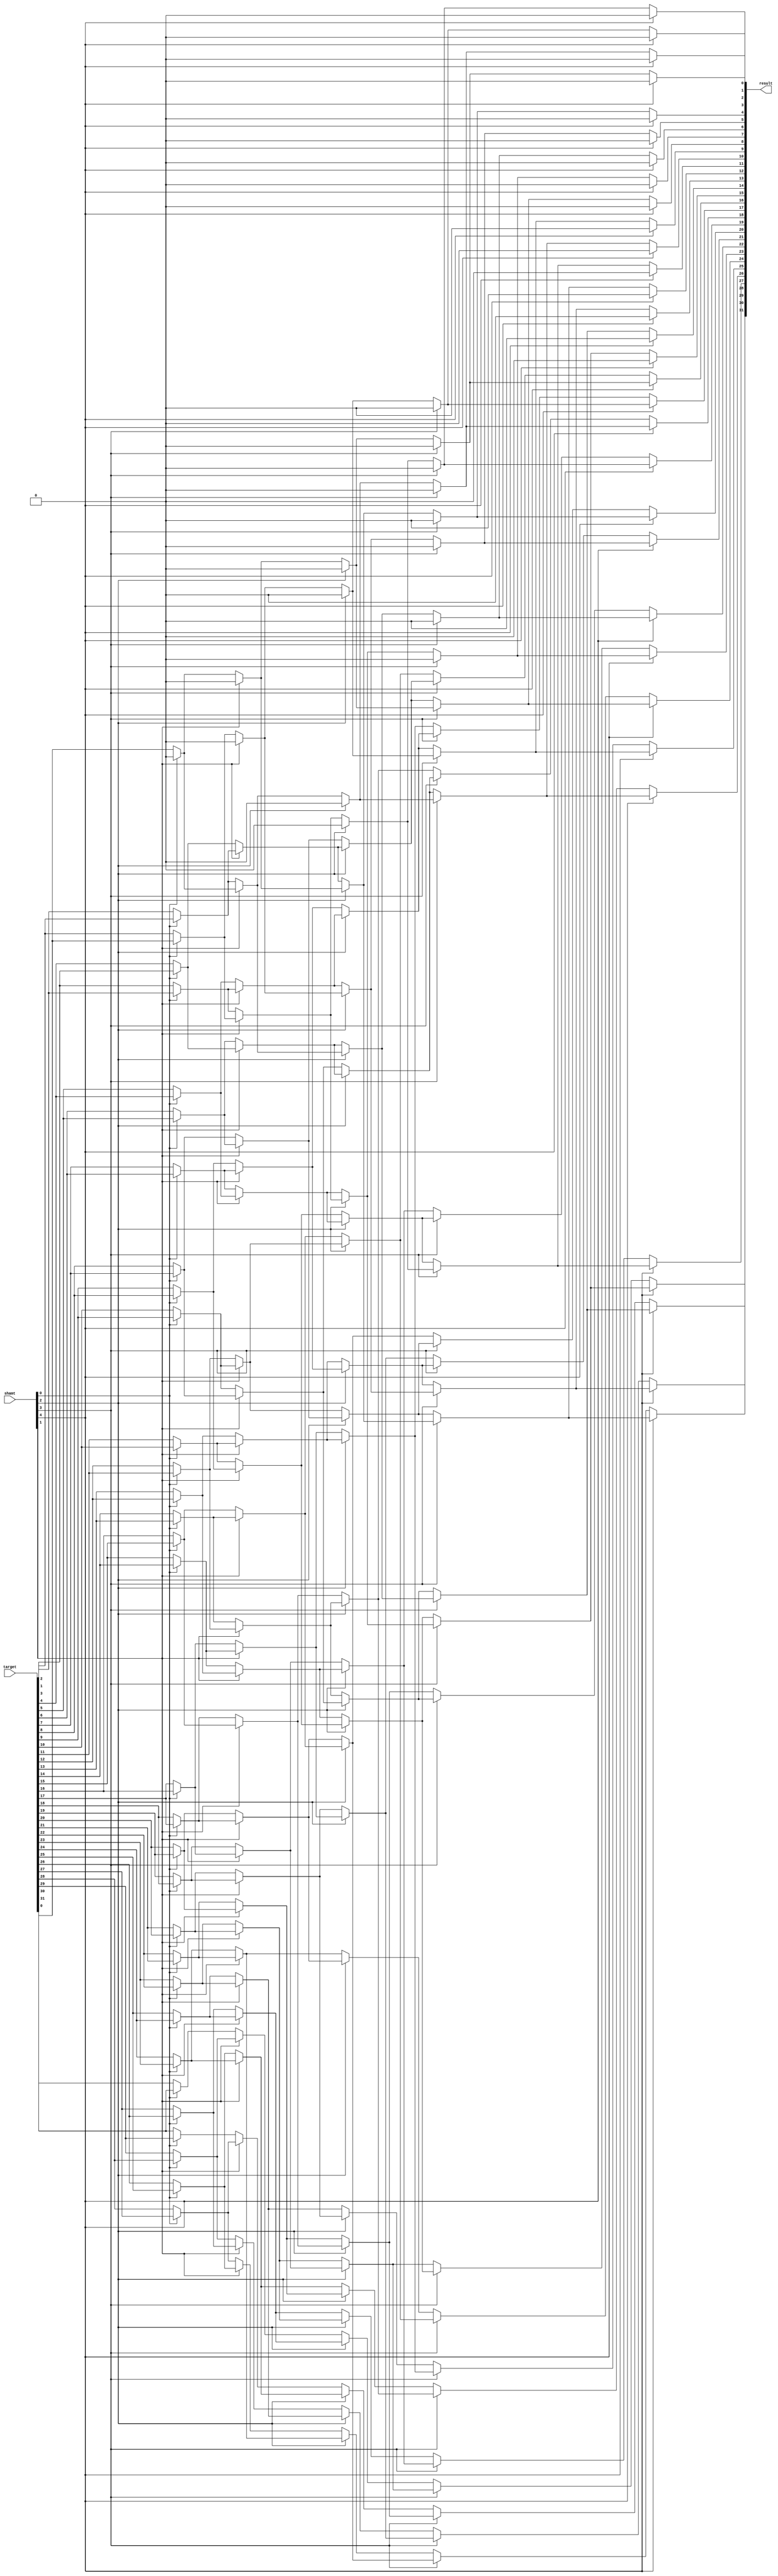
module Shifter( target, shamt, result );
input [31:0] target;
input [4:0] shamt;
output [31:0] result;

wire [31:0] out1, out2, out3, out4;

assign out1[0] = shamt[0] ? 1'b0 : target[0];
assign out1[1] = shamt[0] ? target[0] : target[1];
assign out1[2] = shamt[0] ? target[1] : target[2];
assign out1[3] = shamt[0] ? target[2] : target[3];
assign out1[4] = shamt[0] ? target[3] : target[4];
assign out1[5] = shamt[0] ? target[4] : target[5];
assign out1[6] = shamt[0] ? target[5] : target[6];
assign out1[7] = shamt[0] ? target[6] : target[7];
assign out1[8] = shamt[0] ? target[7] : target[8];
assign out1[9] = shamt[0] ? target[8] : target[9];
assign out1[10] = shamt[0] ? target[9] : target[10];
assign out1[11] = shamt[0] ? target[10] : target[11];
assign out1[12] = shamt[0] ? target[11] : target[12];
assign out1[13] = shamt[0] ? target[12] : target[13];
assign out1[14] = shamt[0] ? target[13] : target[14];
assign out1[15] = shamt[0] ? target[14] : target[15];
assign out1[16] = shamt[0] ? target[15] : target[16];
assign out1[17] = shamt[0] ? target[16] : target[17];
assign out1[18] = shamt[0] ? target[17] : target[18];
assign out1[19] = shamt[0] ? target[18] : target[19];
assign out1[20] = shamt[0] ? target[19] : target[20];
assign out1[21] = shamt[0] ? target[20] : target[21];
assign out1[22] = shamt[0] ? target[21] : target[22];
assign out1[23] = shamt[0] ? target[22] : target[23];
assign out1[24] = shamt[0] ? target[23] : target[24];
assign out1[25] = shamt[0] ? target[24] : target[25];
assign out1[26] = shamt[0] ? target[25] : target[26];
assign out1[27] = shamt[0] ? target[26] : target[27];
assign out1[28] = shamt[0] ? target[27] : target[28];
assign out1[29] = shamt[0] ? target[28] : target[29];
assign out1[30] = shamt[0] ? target[29] : target[30];
assign out1[31] = shamt[0] ? target[30] : target[31];

assign out2[0] = shamt[1] ? 1'b0 : out1[0];
assign out2[1] = shamt[1] ? 1'b0 : out1[1];
assign out2[2] = shamt[1] ? out1[0] : out1[2];
assign out2[3] = shamt[1] ? out1[1] : out1[3];
assign out2[4] = shamt[1] ? out1[2] : out1[4];
assign out2[5] = shamt[1] ? out1[3] : out1[5];
assign out2[6] = shamt[1] ? out1[4] : out1[6];
assign out2[7] = shamt[1] ? out1[5] : out1[7];
assign out2[8] = shamt[1] ? out1[6] : out1[8];
assign out2[9] = shamt[1] ? out1[7] : out1[9];
assign out2[10] = shamt[1] ? out1[8] : out1[10];
assign out2[11] = shamt[1] ? out1[9] : out1[11];
assign out2[12] = shamt[1] ? out1[10] : out1[12];
assign out2[13] = shamt[1] ? out1[11] : out1[13];
assign out2[14] = shamt[1] ? out1[12] : out1[14];
assign out2[15] = shamt[1] ? out1[13] : out1[15];
assign out2[16] = shamt[1] ? out1[14] : out1[16];
assign out2[17] = shamt[1] ? out1[15] : out1[17];
assign out2[18] = shamt[1] ? out1[16] : out1[18];
assign out2[19] = shamt[1] ? out1[17] : out1[19];
assign out2[20] = shamt[1] ? out1[18] : out1[20];
assign out2[21] = shamt[1] ? out1[19] : out1[21];
assign out2[22] = shamt[1] ? out1[20] : out1[22];
assign out2[23] = shamt[1] ? out1[21] : out1[23];
assign out2[24] = shamt[1] ? out1[22] : out1[24];
assign out2[25] = shamt[1] ? out1[23] : out1[25];
assign out2[26] = shamt[1] ? out1[24] : out1[26];
assign out2[27] = shamt[1] ? out1[25] : out1[27];
assign out2[28] = shamt[1] ? out1[26] : out1[28];
assign out2[29] = shamt[1] ? out1[27] : out1[29];
assign out2[30] = shamt[1] ? out1[28] : out1[30];
assign out2[31] = shamt[1] ? out1[29] : out1[31];

assign out3[0] = shamt[2] ? 1'b0 : out2[0];
assign out3[1] = shamt[2] ? 1'b0 : out2[1];
assign out3[2] = shamt[2] ? 1'b0 : out2[2];
assign out3[3] = shamt[2] ? 1'b0 : out2[3];
assign out3[4] = shamt[2] ? out2[0] : out2[4];
assign out3[5] = shamt[2] ? out2[1] : out2[5];
assign out3[6] = shamt[2] ? out2[2] : out2[6];
assign out3[7] = shamt[2] ? out2[3] : out2[7];
assign out3[8] = shamt[2] ? out2[4] : out2[8];
assign out3[9] = shamt[2] ? out2[5] : out2[9];
assign out3[10] = shamt[2] ? out2[6] : out2[10];
assign out3[11] = shamt[2] ? out2[7] : out2[11];
assign out3[12] = shamt[2] ? out2[8] : out2[12];
assign out3[13] = shamt[2] ? out2[9] : out2[13];
assign out3[14] = shamt[2] ? out2[10] : out2[14];
assign out3[15] = shamt[2] ? out2[11] : out2[15];
assign out3[16] = shamt[2] ? out2[12] : out2[16];
assign out3[17] = shamt[2] ? out2[13] : out2[17];
assign out3[18] = shamt[2] ? out2[14] : out2[18];
assign out3[19] = shamt[2] ? out2[15] : out2[19];
assign out3[20] = shamt[2] ? out2[16] : out2[20];
assign out3[21] = shamt[2] ? out2[17] : out2[21];
assign out3[22] = shamt[2] ? out2[18] : out2[22];
assign out3[23] = shamt[2] ? out2[19] : out2[23];
assign out3[24] = shamt[2] ? out2[20] : out2[24];
assign out3[25] = shamt[2] ? out2[21] : out2[25];
assign out3[26] = shamt[2] ? out2[22] : out2[26];
assign out3[27] = shamt[2] ? out2[23] : out2[27];
assign out3[28] = shamt[2] ? out2[24] : out2[28];
assign out3[29] = shamt[2] ? out2[25] : out2[29];
assign out3[30] = shamt[2] ? out2[26] : out2[30];
assign out3[31] = shamt[2] ? out2[27] : out2[31];

assign out4[0] = shamt[3] ? 1'b0 : out3[0];
assign out4[1] = shamt[3] ? 1'b0 : out3[1];
assign out4[2] = shamt[3] ? 1'b0 : out3[2];
assign out4[3] = shamt[3] ? 1'b0 : out3[3];
assign out4[4] = shamt[3] ? 1'b0 : out3[4];
assign out4[5] = shamt[3] ? 1'b0 : out3[5];
assign out4[6] = shamt[3] ? 1'b0 : out3[6];
assign out4[7] = shamt[3] ? 1'b0 : out3[7];
assign out4[8] = shamt[3] ? out3[0] : out3[8];
assign out4[9] = shamt[3] ? out3[1] : out3[9];
assign out4[10] = shamt[3] ? out3[2] : out3[10];
assign out4[11] = shamt[3] ? out3[3] : out3[11];
assign out4[12] = shamt[3] ? out3[4] : out3[12];
assign out4[13] = shamt[3] ? out3[5] : out3[13];
assign out4[14] = shamt[3] ? out3[6] : out3[14];
assign out4[15] = shamt[3] ? out3[7] : out3[15];
assign out4[16] = shamt[3] ? out3[8] : out3[16];
assign out4[17] = shamt[3] ? out3[9] : out3[17];
assign out4[18] = shamt[3] ? out3[10] : out3[18];
assign out4[19] = shamt[3] ? out3[11] : out3[19];
assign out4[20] = shamt[3] ? out3[12] : out3[20];
assign out4[21] = shamt[3] ? out3[13] : out3[21];
assign out4[22] = shamt[3] ? out3[14] : out3[22];
assign out4[23] = shamt[3] ? out3[15] : out3[23];
assign out4[24] = shamt[3] ? out3[16] : out3[24];
assign out4[25] = shamt[3] ? out3[17] : out3[25];
assign out4[26] = shamt[3] ? out3[18] : out3[26];
assign out4[27] = shamt[3] ? out3[19] : out3[27];
assign out4[28] = shamt[3] ? out3[20] : out3[28];
assign out4[29] = shamt[3] ? out3[21] : out3[29];
assign out4[30] = shamt[3] ? out3[22] : out3[30];
assign out4[31] = shamt[3] ? out3[23] : out3[31];

assign result[0] = shamt[4] ? 1'b0 : out4[0];
assign result[1] = shamt[4] ? 1'b0 : out4[1];
assign result[2] = shamt[4] ? 1'b0 : out4[2];
assign result[3] = shamt[4] ? 1'b0 : out4[3];
assign result[4] = shamt[4] ? 1'b0 : out4[4];
assign result[5] = shamt[4] ? 1'b0 : out4[5];
assign result[6] = shamt[4] ? 1'b0 : out4[6];
assign result[7] = shamt[4] ? 1'b0 : out4[7];
assign result[8] = shamt[4] ? 1'b0 : out4[8];
assign result[9] = shamt[4] ? 1'b0 : out4[9];
assign result[10] = shamt[4] ? 1'b0 : out4[10];
assign result[11] = shamt[4] ? 1'b0 : out4[11];
assign result[12] = shamt[4] ? 1'b0 : out4[12];
assign result[13] = shamt[4] ? 1'b0 : out4[13];
assign result[14] = shamt[4] ? 1'b0 : out4[14];
assign result[15] = shamt[4] ? 1'b0 : out4[15];
assign result[16] = shamt[4] ? out4[0] : out4[16];
assign result[17] = shamt[4] ? out4[1] : out4[17];
assign result[18] = shamt[4] ? out4[2] : out4[18];
assign result[19] = shamt[4] ? out4[3] : out4[19];
assign result[20] = shamt[4] ? out4[4] : out4[20];
assign result[21] = shamt[4] ? out4[5] : out4[21];
assign result[22] = shamt[4] ? out4[6] : out4[22];
assign result[23] = shamt[4] ? out4[7] : out4[23];
assign result[24] = shamt[4] ? out4[8] : out4[24];
assign result[25] = shamt[4] ? out4[9] : out4[25];
assign result[26] = shamt[4] ? out4[10] : out4[26];
assign result[27] = shamt[4] ? out4[11] : out4[27];
assign result[28] = shamt[4] ? out4[12] : out4[28];
assign result[29] = shamt[4] ? out4[13] : out4[29];
assign result[30] = shamt[4] ? out4[14] : out4[30];
assign result[31] = shamt[4] ? out4[15] : out4[31];

endmodule